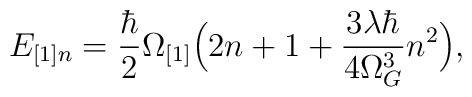
E_{[1] n} = \frac{\hbar}{2} \Omega_{[1]} \Bigl(2n + 1 + \frac{3 \lambda \hbar}{4 \Omega_G^3 } n^2  \Bigr),